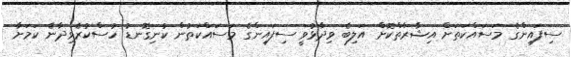
ސިފައިންގެ މަސައްކަތަށް އިޝާރާތްކޮށް އަލިބެ ވިދާޅުވީ ސިފައިންގެ މަސައްކަތުން ކުނިގޮނޑު ހުސްކުރެވިދާނެ ކަމަށާ